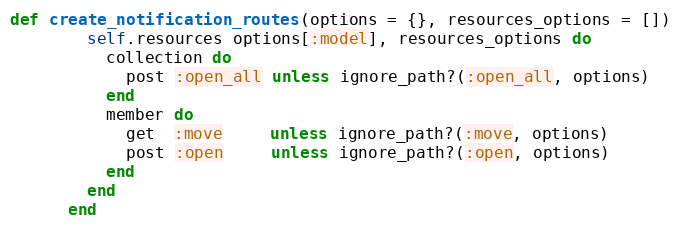
Language: Ruby
def create_notification_routes(options = {}, resources_options = [])
        self.resources options[:model], resources_options do
          collection do
            post :open_all unless ignore_path?(:open_all, options)
          end
          member do
            get  :move     unless ignore_path?(:move, options)
            post :open     unless ignore_path?(:open, options)
          end
        end
      end